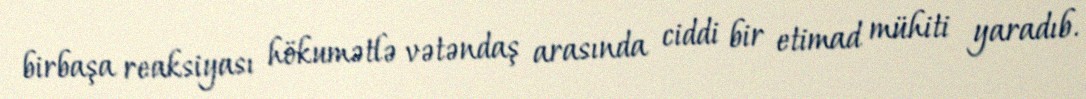
birbaşa reaksiyası hökumətlə vətəndaş arasında ciddi bir etimad mühiti yaradıb.